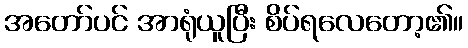
အတော်ပင် အာရုံယူပြီး စိပ်ရလေတော့၏။